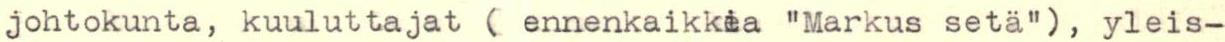
johtokunta, kuuluttajat ( ennenkaikkea "Markus setä"), yleis-